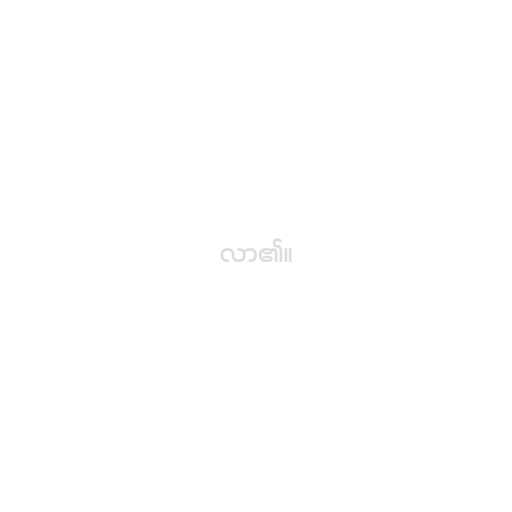
လာ၏။